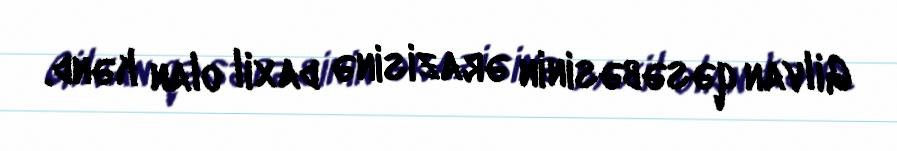
Gilvan qəsəbəsinin ərazisinə daxil olan kənd.